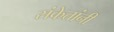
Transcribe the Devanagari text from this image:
संकेतांनी